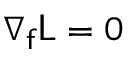
\nabla _ { \mathsf { f } } \mathsf { L } = 0